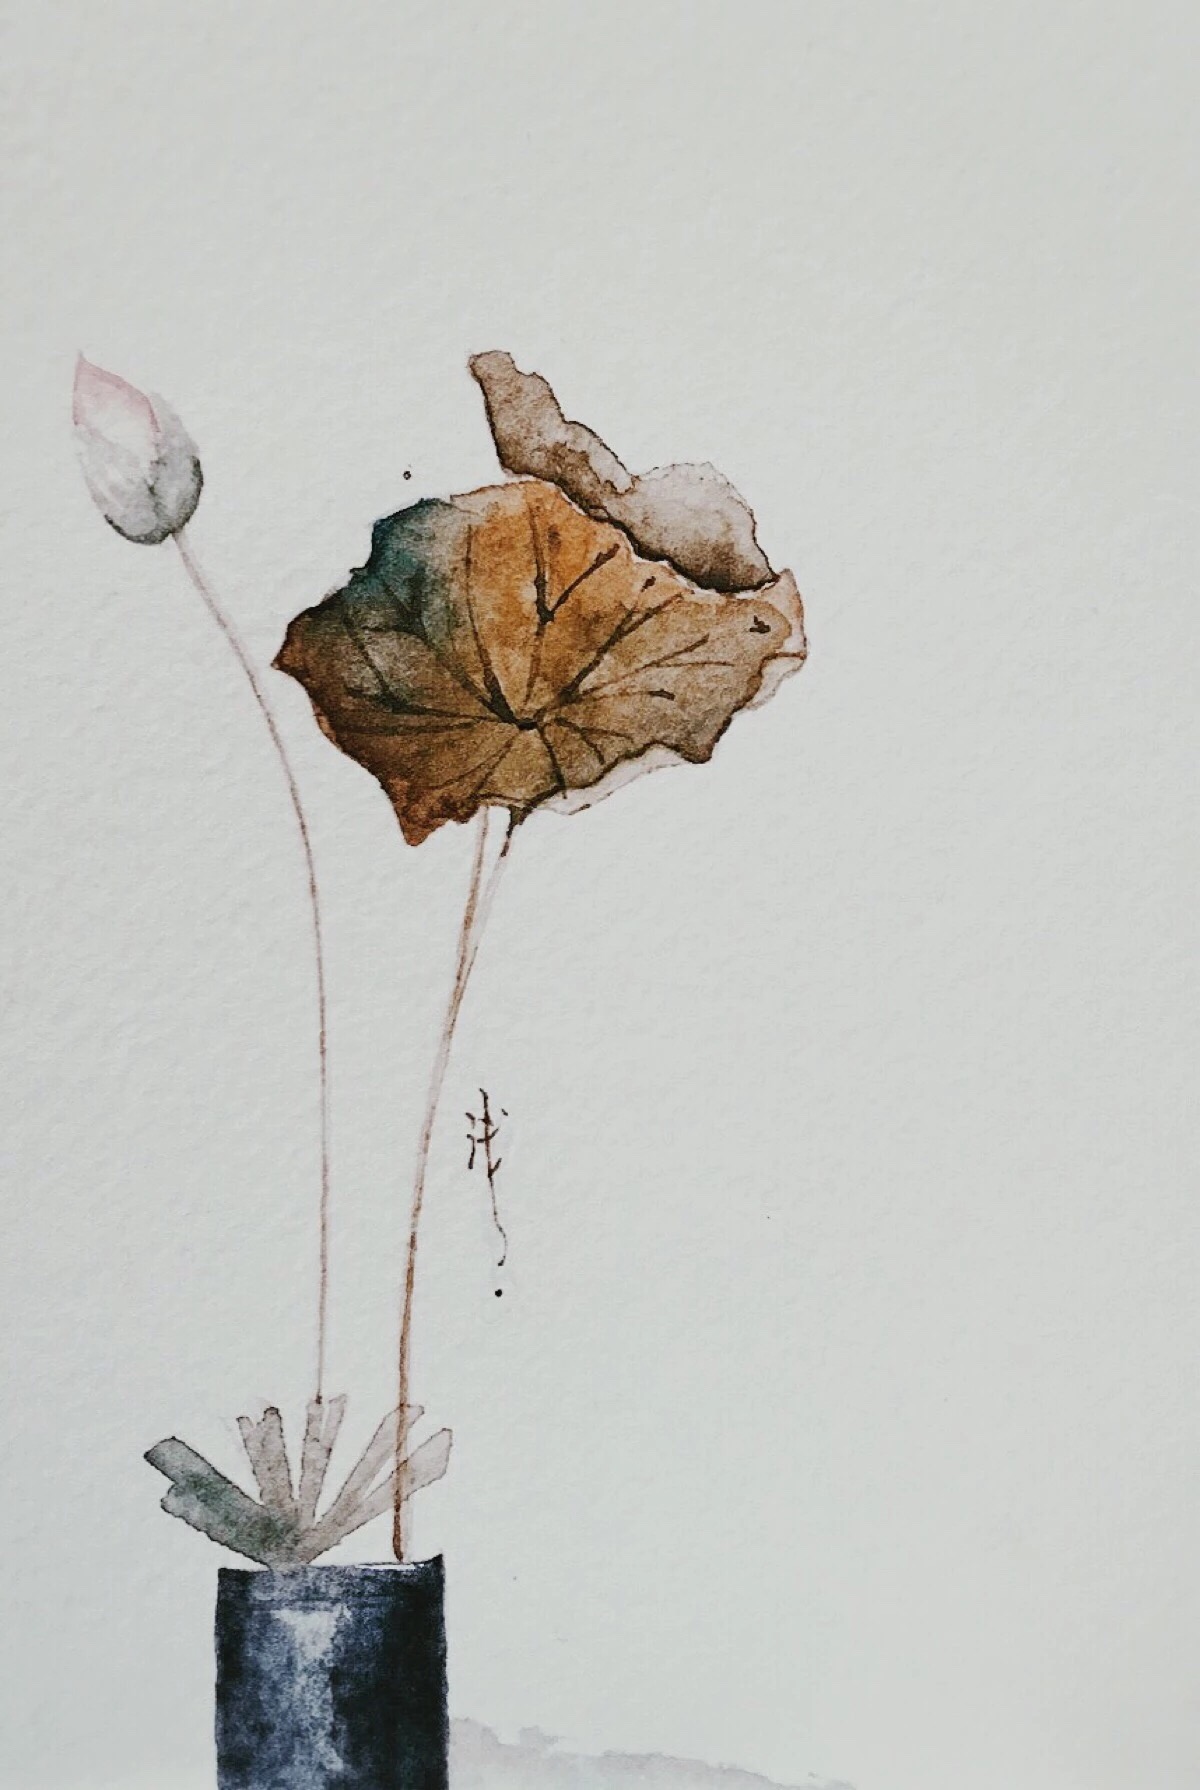
竹坞无尘水槛清，相思迢递隔重城。